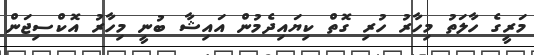
މަރީގެ ހާލަތު މިހާރު ހުރި ގޮތް ކިޔައިދެމުން އައިޝާ ބުނީ މިހާރު އޮކްސިޖަން